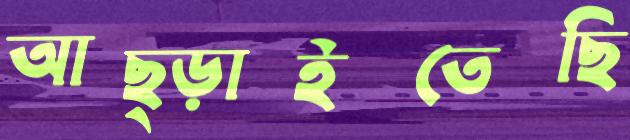
আছ্‌ড়াইতেছি